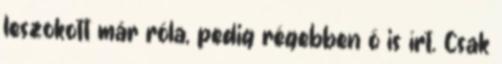
leszokott már róla, pedig régebben ő is írt. Csak